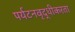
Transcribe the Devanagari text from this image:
पर्यटनवृद्धीकरता